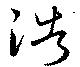
浩